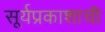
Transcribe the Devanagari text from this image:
सूर्यप्रकाशाची